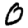
Digit: 0